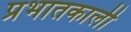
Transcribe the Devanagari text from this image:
प्रभातकाली